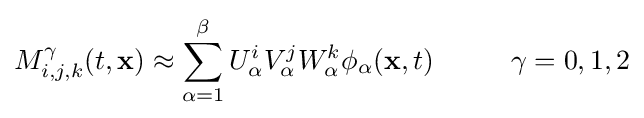
M_{i,j,k}^{\gamma }(t,\mathbf {x} )\approx \sum _{\alpha =1}^{\beta }U_{\alpha }^{i}V_{\alpha }^{j}W_{\alpha }^{k}\phi _{\alpha }(\mathbf {x} ,t)\;\;\;\;\;\;\;\;\;\;\gamma =0,1,2